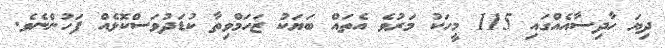
ދިޔަ ހާދިސާއެއްގައި 115 މީހަކު މަރުވެ އެތައް ބަޔަކު ޒަހަމްވިތާ ކުޑަދުވަސްކޮޅެއް ފަހުންނެވެ.